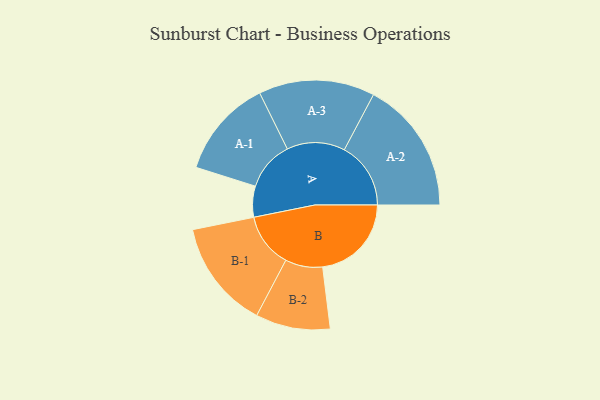
{"axis": {"x": "Segment", "y": "Value"}, "legend": ["", "A", "B"], "data": [{"x": "A", "y": 136, "type": ""}, {"x": "B", "y": 390, "type": ""}, {"x": "A-1", "y": 217, "type": "A"}, {"x": "A-2", "y": 292, "type": "A"}, {"x": "A-3", "y": 255, "type": "A"}, {"x": "B-1", "y": 239, "type": "B"}, {"x": "B-2", "y": 164, "type": "B"}]}